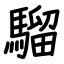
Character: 騮